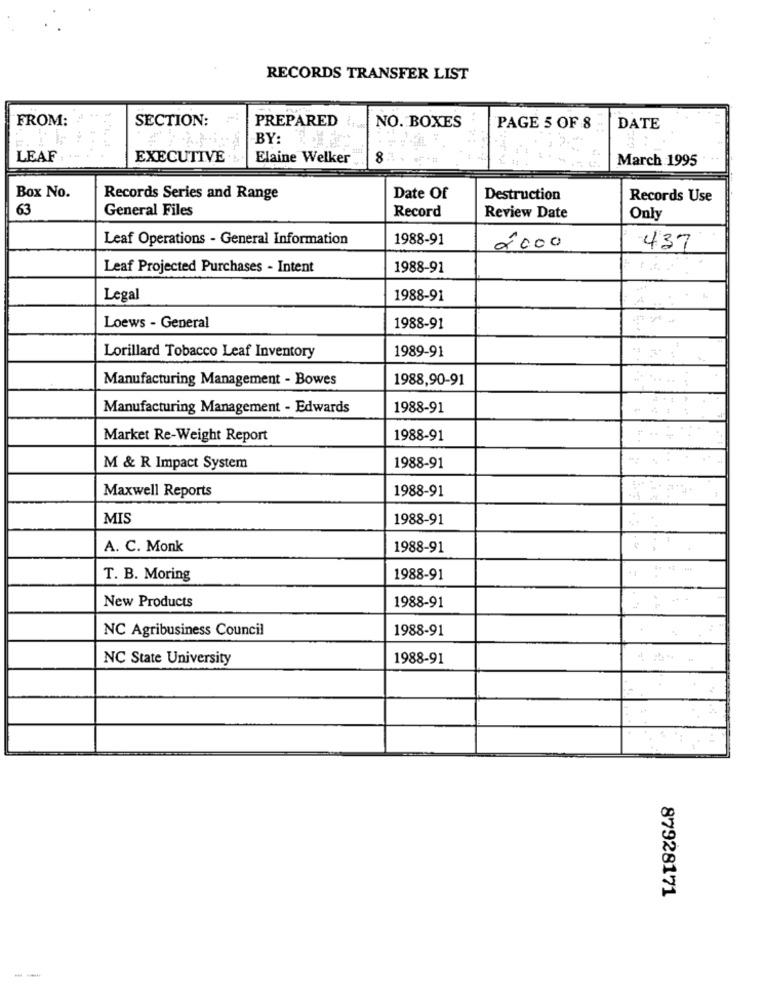
RECORDS TRANSFER LIST
FROM:
SECTION:
PREPARED
..
NO. BOXES
PAGE 5 OF 8
DATE
BY:
LEAF
EXECUTIVE
Elaine Welker
March 1995
Box No.
Records Series and Range
Date Of
Destruction
Records Use
63
General Files
Record
Review Date
Only
Leaf Operations - General Information
1988-91
2000
437
Leaf Projected Purchases - Intent
1988-91
Legal
1988-91
Loews - General
1988-91
1989-91
Lorillard Tobacco Leaf Inventory
Manufacturing Management - Bowes
1988,90-91
Manufacturing Management - Edwards
1988-91
Market Re-Weight Report
1988-91
M & R Impact System
1988-91
Maxwell Reports
1988-91
MIS
1988-91
A. C. Monk
1988-91
T. B. Moring
1988-91
New Products
1988-91
NC Agribusiness Council
1988-91
NC State University
1988-91
87928171
--